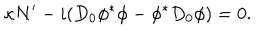
\kappa N ^ { \prime } - i ( D _ { 0 } \phi ^ { * } \phi - \phi ^ { * } D _ { 0 } \phi ) = 0 .